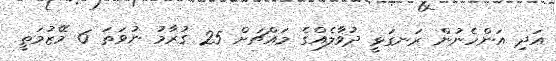
އަދި އަންހެނުން ރަނގަޅީ ދުވާލެއްގެ މައްޗަށް 25 ގުރާމު ނުވަތަ 6 މޭޒުމަތީ